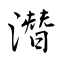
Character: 潛